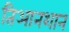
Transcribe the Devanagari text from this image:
तिआनशान